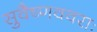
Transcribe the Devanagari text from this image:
सुवैष्णववराः